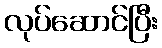
လုပ်ဆောင်ပြီး